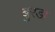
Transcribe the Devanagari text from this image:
बुरडा